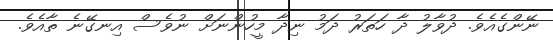
ނޭންގެއެވެ. ދުވާލު ދާ ހަތަރު ދަމު ނިދާ މީހުންނަށް ނުވެސް އިނގޭނެ ތާއެވެ.